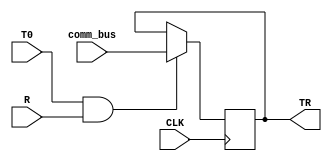
`timescale 1ns / 1ps
//////////////////////////////////////////////////////////////////////////////////
// Company: 
// Engineer: 
// 
// Design Name: 
// Module Name: TR
// Project Name: 
// Target Devices: 
// Tool Versions: 
// Description: 
// 
// Dependencies: 
// 
// Revision:
// Revision 0.01 - File Created
// Additional Comments:
// 
//////////////////////////////////////////////////////////////////////////////////


module TR(
input  [7:0] comm_bus,
input  T0, 
input  R,
input  CLK,
output reg [7:0] TR

);
wire Load ;
assign Load = T0&R ;

initial begin 
TR= 8'h00 ;
end 
 
always @(posedge CLK) begin
      if (Load) begin
            TR <= comm_bus;
       end 
end

endmodule